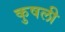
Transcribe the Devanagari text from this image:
कुषली